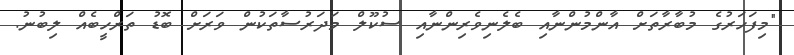
"މިފަހަރުގެ މުބާރާތަށް އާންމުންނާއި ބެލެނިވެރިންނާއި ސުކޫލް މަދަރުސާތަކުން ވަރަށް ބޮޑު ތަރްހީބެއް ލިބުނު.